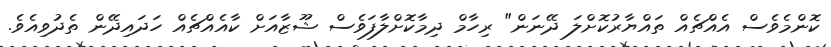
ކޮންމެވެސް އެއްޗެއް ތައްޔާރުކޮށްލަ ދޭނަން" ރިހާމް ދިމާކޮށްލާފަވެސް ޝޫޒާއަށް ކާއެއްޗެއް ހަދައިދޭން ތެދުވިއެވެ.